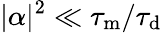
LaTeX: |\alpha|^{2}\ll\tau_{\mathrm{m}}/\tau_{\mathrm{d}}